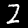
Label: 2